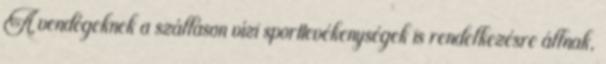
A vendégeknek a szálláson vízi sporttevékenységek is rendelkezésre állnak,